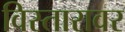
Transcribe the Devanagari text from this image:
विस्तारावर